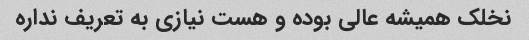
نخلک همیشه عالی بوده و هست نیازی به تعریف نداره